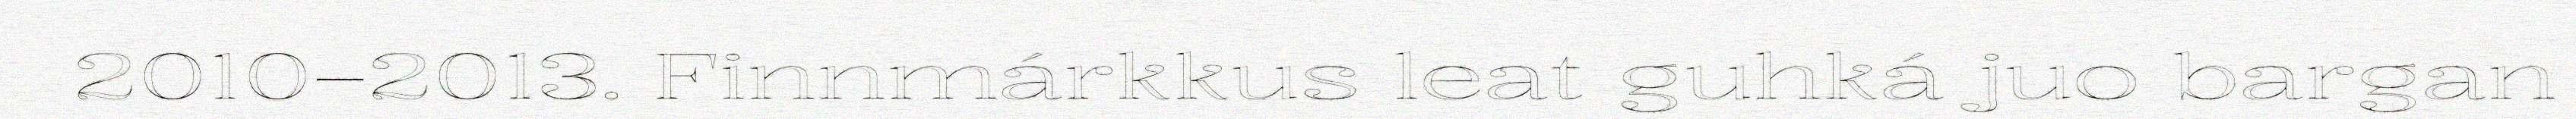
2010–2013. Finnmárkkus leat guhká juo bargan